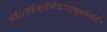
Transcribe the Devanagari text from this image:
ऊईं़ऊईङ्पॉपॉऊञ्ङ़़्क्षू७डंऑई॰